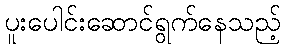
ပူးပေါင်းဆောင်ရွက်နေသည့်